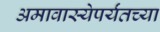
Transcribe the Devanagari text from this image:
अमावास्येपर्यंतच्या